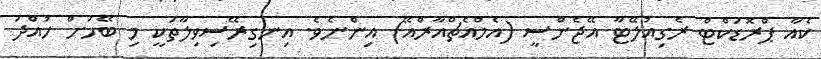
ކެއާ ޕްރޮޑަކްޓް ރެގިއުލޭޓާ އޭޖެންސީ (އެމްއެޗްއާރްއޭ) އިންނެވެ. އިނގިރޭސިވިލާތަކީ މި ބޭހަށް ހުއްދަ